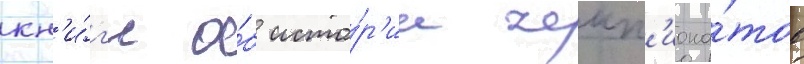
кн'и́г'е о́б исто́р'ии чемп'иона́тов